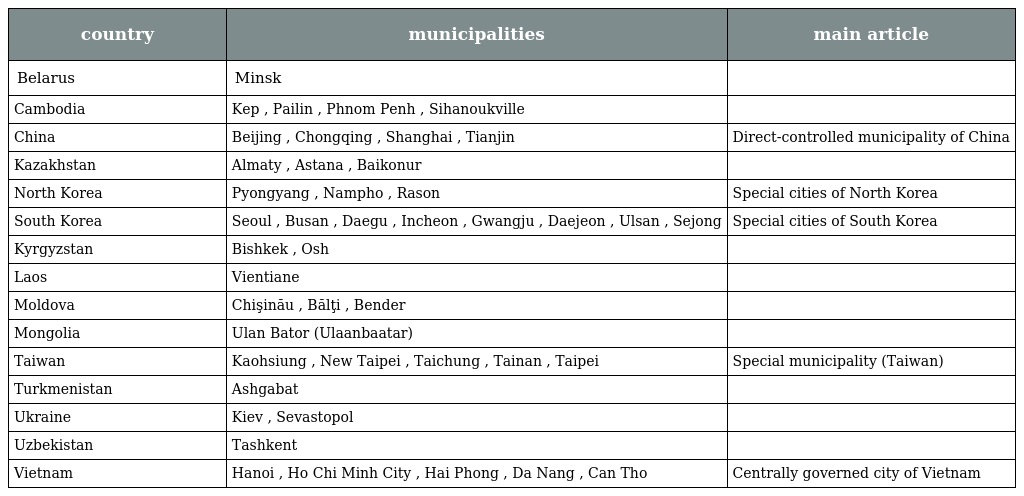
| country | municipalities | main article |
 | --- | --- | --- |
 | Belarus | Minsk |  |
 | Cambodia | Kep , Pailin , Phnom Penh , Sihanoukville |  |
 | China | Beijing , Chongqing , Shanghai , Tianjin | Direct-controlled municipality of China |
 | Kazakhstan | Almaty , Astana , Baikonur |  |
 | North Korea | Pyongyang , Nampho , Rason | Special cities of North Korea |
 | South Korea | Seoul , Busan , Daegu , Incheon , Gwangju , Daejeon , Ulsan , Sejong | Special cities of South Korea |
 | Kyrgyzstan | Bishkek , Osh |  |
 | Laos | Vientiane |  |
 | Moldova | Chişinău , Bălţi , Bender |  |
 | Mongolia | Ulan Bator (Ulaanbaatar) |  |
 | Taiwan | Kaohsiung , New Taipei , Taichung , Tainan , Taipei | Special municipality (Taiwan) |
 | Turkmenistan | Ashgabat |  |
 | Ukraine | Kiev , Sevastopol |  |
 | Uzbekistan | Tashkent |  |
 | Vietnam | Hanoi , Ho Chi Minh City , Hai Phong , Da Nang , Can Tho | Centrally governed city of Vietnam |